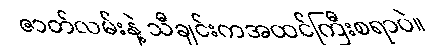
ဇာတ်လမ်းနဲ့ သီချင်းကအထင်ကြီးစရာပဲ။